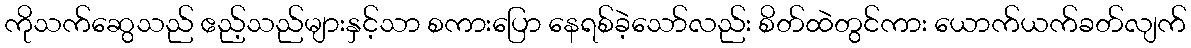
ကိုသက်ဆွေသည် ဧည့်သည်များနှင့်သာ စကားပြော နေရစ်ခဲ့သော်လည်း စိတ်ထဲတွင်ကား ယောက်ယက်ခတ်လျက်